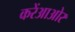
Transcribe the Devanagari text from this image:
करेंआओर